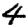
Digit: 4